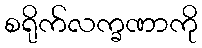
စရိုက်လက္ခဏာကို